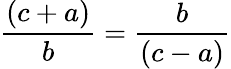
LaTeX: {\frac{(c+a)}{b}}={\frac{b}{(c-a)}}